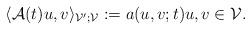
LaTeX: \begin{align*}\langle \mathcal{A}(t) u, v\rangle_{\mathcal{V}'; \mathcal{V}} := a(u, v; t) u, v \in \mathcal{V}. \end{align*}